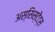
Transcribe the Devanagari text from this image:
अस्सिस्टेंट्स